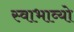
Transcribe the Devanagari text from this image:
स्वाभाव्यो